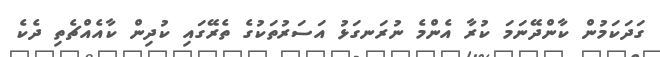
ގަދަކަމުން ކާންދޭނަމަ ކުރާ އެންމެ ނުރަނގަޅު އަސަރުތަކުގެ ތެރޭގައި ކުދިން ކާއެއްޗެތި ދެކެ